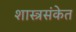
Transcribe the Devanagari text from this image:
शास्त्रसंकेत